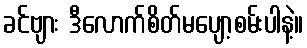
ခင်ဗျား ဒီလောက်စိတ်မပျော့စမ်းပါနဲ့။